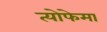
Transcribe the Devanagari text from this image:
त्योफेमा